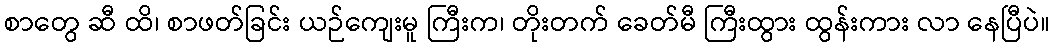
စာတွေ ဆီ ထိ၊ စာဖတ်ခြင်း ယဉ်ကျေးမူ ကြီးက၊ တိုးတက် ခေတ်မီ ကြီးထွား ထွန်းကား လာ နေပြီပဲ။